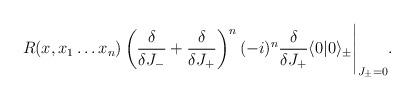
LaTeX: \begin{align*}R(x,x_1\ldots x_n) \left(\frac{\delta}{\delta J_-}+\frac{\delta}{\delta J_+} \right)^n (-i)^n \frac{\delta}{\delta J_+}\langle0|0\rangle_\pm\Bigg|_{J_{\pm}=0}.\end{align*}